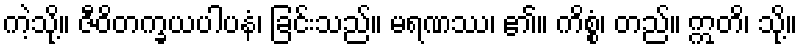
ကဲ့သို့။ ဇီဝိတက္ခယပါပနံ၊ ခြင်းသည်။ မရဏဿ၊ ၏။ ကိစ္စံ၊ တည်။ ဣတိ၊ သို့။